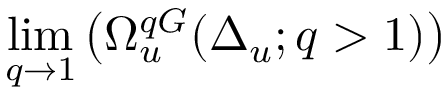
\operatorname* { l i m } _ { q \to 1 } \left( \Omega _ { u } ^ { q G } ( \Delta _ { u } ; q > 1 ) \right)